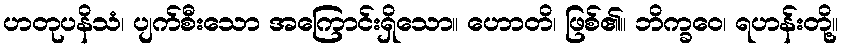
ဟတုပနိသံ၊ ပျက်စီးသော အကြောင်းရှိသော။ ဟောတိ၊ ဖြစ်၏။ ဘိက္ခဝေ၊ ရဟန်းတို့။